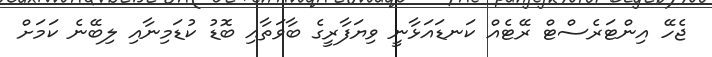
ޖެހޭ އިންޓަރެސްޓް ރޭޓެއް ކަނޑައަޅާނީ ވިޔަފާރީގެ ބާވަތާއި ބޮޑު ކުޑަމިނާއި ލިބޭނެ ކަމަށް